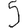
Digit: 5